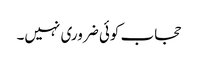
حجاب کوئی ضروری نہیں۔